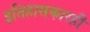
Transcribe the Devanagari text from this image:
इतिहासकारही